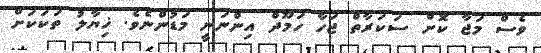
ވެސް މަޖާ ކޮށް ސަކަރާތް ޖަހާ ހަމޫދް އިންނަނީ މަޑުންނެވެ. ޚިޔާލު ތަކަކަށް